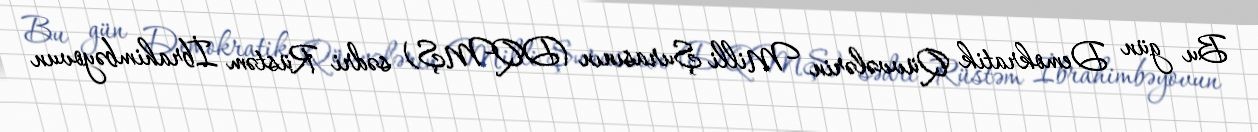
Bu gün Demokratik Qüvvələrin Milli Şurasının (DQMŞ) sədri Rüstəm İbrahimbəyovun